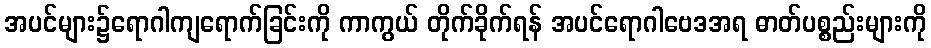
အပင်များ၌ရောဂါကျရောက်ခြင်းကို ကာကွယ် တိုက်ခိုက်ရန် အပင်ရောဂါဗေဒအရ ဓာတ်ပစ္စည်းများကို